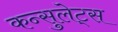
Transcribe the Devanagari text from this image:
कन्सुलेट्स